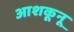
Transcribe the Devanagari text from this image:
आशकूनू